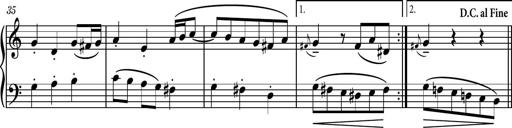
Title: Piano Sonatina II
Composer: Dimitri Sykias
Key: F major